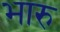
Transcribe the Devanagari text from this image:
भारु